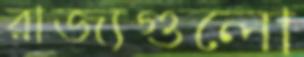
রাজ্যগুলো